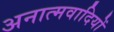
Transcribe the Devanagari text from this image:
अनात्मवादियों